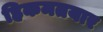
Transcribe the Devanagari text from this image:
हिकमतयार